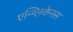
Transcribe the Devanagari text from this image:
एन्ग्लिकेनस